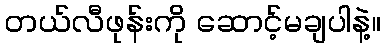
တယ်လီဖုန်းကို ဆောင့်မချပါနဲ့။